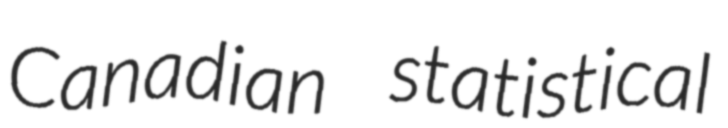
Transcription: Canadian statistical